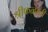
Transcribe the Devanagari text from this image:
श्रीफळाची